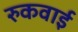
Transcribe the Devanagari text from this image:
रुकवाई